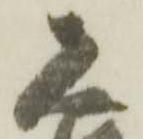
恐